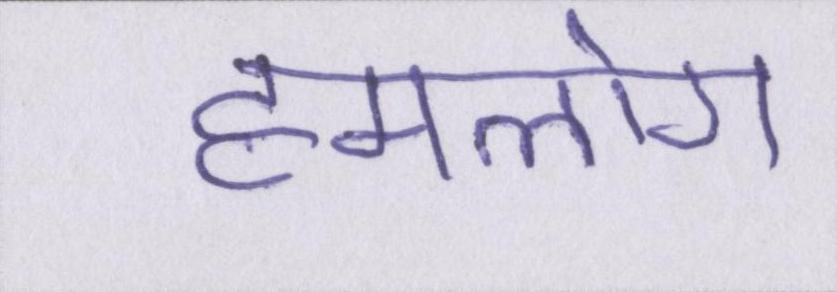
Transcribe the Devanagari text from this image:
हमलोग